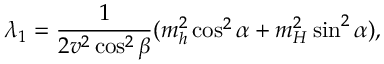
\lambda _ { 1 } = \frac { 1 } { 2 v ^ { 2 } \cos ^ { 2 } \beta } ( m _ { h } ^ { 2 } \cos ^ { 2 } \alpha + m _ { H } ^ { 2 } \sin ^ { 2 } \alpha ) ,